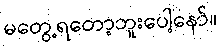
မတွေ့ရတော့ဘူးပေါ့နော်။